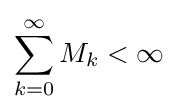
\sum _{k=0}^{\infty }M_{k}<\infty